Indian journal of veterinary science and animal husbandry - Volumes 24-25, 1954-1955
Year: 1954
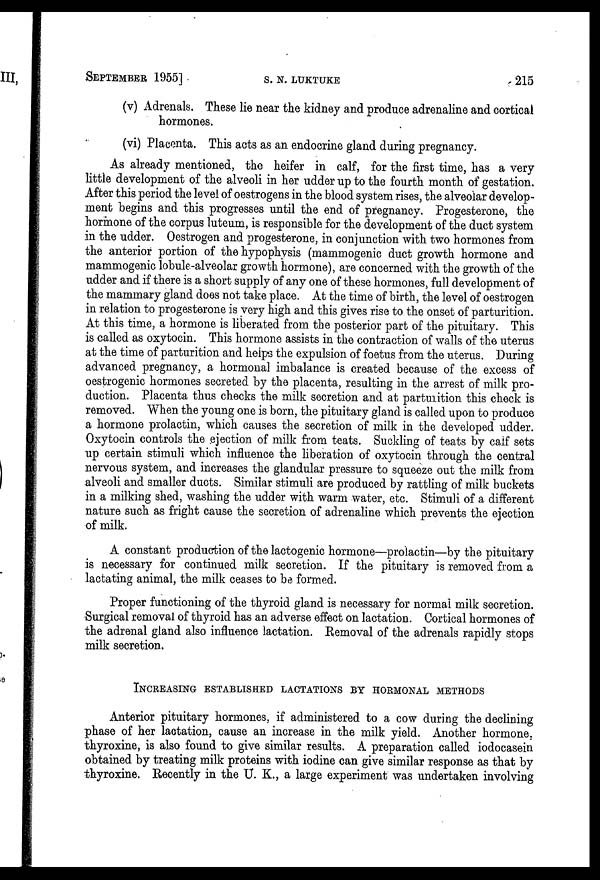
SEPTEMBER 1955]
S.
N.
LUKTUKE
215
(v) Adrenals. These lie near the kidney and produce adrenaline and cortical
hormones.
(vi) Placenta. This acts as an endocrine gland during pregnancy.
As already mentioned, the heifer in calf, for the first time, has a very
little development of the alveoli in her udder up to the fourth month of gestation.
After this period the level of oestrogens in the blood system rises, the alveolar develop-
ment begins and this progresses until the end of pregnancy. Progesterone, the
hormone of the corpus luteum, is responsible for the development of the duct system
in the udder. Oestrogen and progesterone, in conjunction with two hormones from
the anterior portion of the hypophysis (mammogenic duct growth hormone and
mammogenic lobule-alveolar growth hormone), are concerned with the growth of the
udder and if there is a short supply of any one of these hormones, full development of
the mammary gland does not take place. At the time of birth, the level of oestrogen
in relation to progesterone is very high and this gives rise to the onset of parturition.
At this time, a hormone is liberated from the posterior part of the pituitary. This
is called as oxytocin. This hormone assists in the contraction of walls of the uterus
at the time of parturition and helps the expulsion of foetus from the uterus. During
advanced pregnancy, a hormonal imbalance is created because of the excess of
oestrogenic hormones secreted by the placenta, resulting in the arrest of milk pro-
duction. Placenta thus checks the milk secretion and at parturition this check is
removed. When the young one is born, the pituitary gland is called upon to produce
a hormone prolactin, which causes the secretion of milk in the developed udder.
Oxytocin controls the ejection of milk from teats. Suckling of teats by calf sets
up certain stimuli which influence the liberation of oxytocin through the central
nervous system, and increases the glandular pressure to squeeze out the milk from
alveoli and smaller ducts. Similar stimuli are produced by rattling of milk buckets
in a milking shed, washing the udder with warm water, etc. Stimuli of a different
nature such as fright cause the secretion of adrenaline which prevents the ejection
of milk.
A constant production of the lactogenic hormone—prolactin—by the pituitary
is necessary for continued milk secretion. If the pituitary is removed from a
lactating animal, the milk ceases to be formed.
Proper functioning of the thyroid gland is necessary for normal milk secretion.
Surgical removal of thyroid has an adverse effect on lactation. Cortical hormones of
the adrenal gland also influence lactation. Removal of the adrenals rapidly stops
milk secretion.
INCREASING ESTABLISHED LACTATIONS BY HORMONAL METHODS
Anterior pituitary hormones, if administered to a cow during the declining
phase of her lactation, cause an increase in the milk yield. Another hormone.
thyroxine, is also found to give similar results. A preparation called iodocasein
obtained by treating milk proteins with iodine can give similar response as that by
thyroxine. Recently in the U. K., a large experiment was undertaken involving